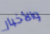
والأخبار